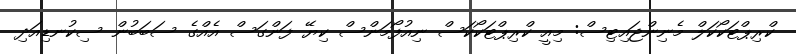
ކްރިޕްޓަކޯކަލް މެނިންޖައިޓިސް: މިއީ ކްރިޕްޓަކޯކަސް ނިއުފޯމަންސް ކިޔޭ ފަންގަސް އެއްގެ ސަބަބުން ސިކުނޑިއަދި